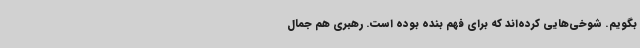
بگویم. شوخی‌هایی کرده‌اند که برای فهم بنده بوده است. رهبری هم جمال